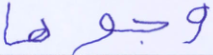
وجوها